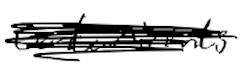
Text: contaminants
Cross-out: scratch
Writing tool: digital_black